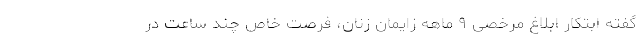
گفته‌ ابتکار ابلاغ مرخصی ۹ ماهه زایمان زنان، فرصت خاص چند ساعت در